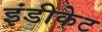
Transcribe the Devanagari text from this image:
इंडीकेट